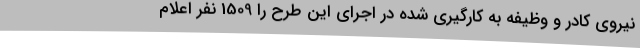
نیروی کادر و وظیفه به کارگیری شده در اجرای این طرح را 1509 نفر اعلام